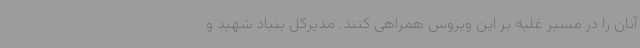
آنان را در مسیر غلبه بر این ویروس همراهی کنند. مدیرکل بنیاد شهید و